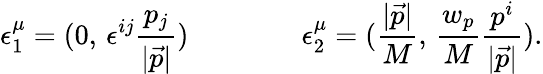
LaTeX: \epsilon_{1}^{\mu}=(0,\, \epsilon^{ij}\frac{{p}_{j}}{|\vec{p}|})\qquad\qquad\epsilon_{2}^{\mu}=(\frac{|\vec{p}|}{M},\, \frac{w_{p}}{M}\frac{{p}^{i}}{|\vec{p}|}).